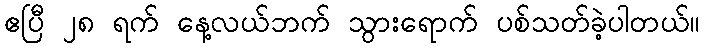
ဧပြီ ၂၈ ရက် နေ့လယ်ဘက် သွားရောက် ပစ်သတ်ခဲ့ပါတယ်။